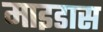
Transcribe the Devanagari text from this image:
माइडास